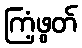
ကြံ့ဖွတ်